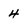
Character: 4